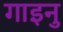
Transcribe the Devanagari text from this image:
गाइनु